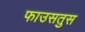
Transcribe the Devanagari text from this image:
फाउसतुस